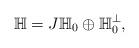
LaTeX: \begin{align*}\mathbb{H} = J \mathbb{H}_0 \oplus \mathbb{H}_0^{\perp},\end{align*}